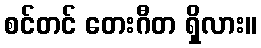
စင်တင် တေးဂီတ ရှိလား။